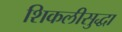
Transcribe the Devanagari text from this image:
शिकलीसुद्धा